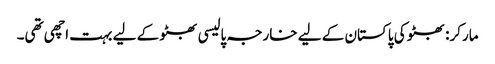
مارکر: بھٹو کی پاکستان کے لیے خارجہ پالیسی بھٹو کے لیے بہت اچھی تھی۔